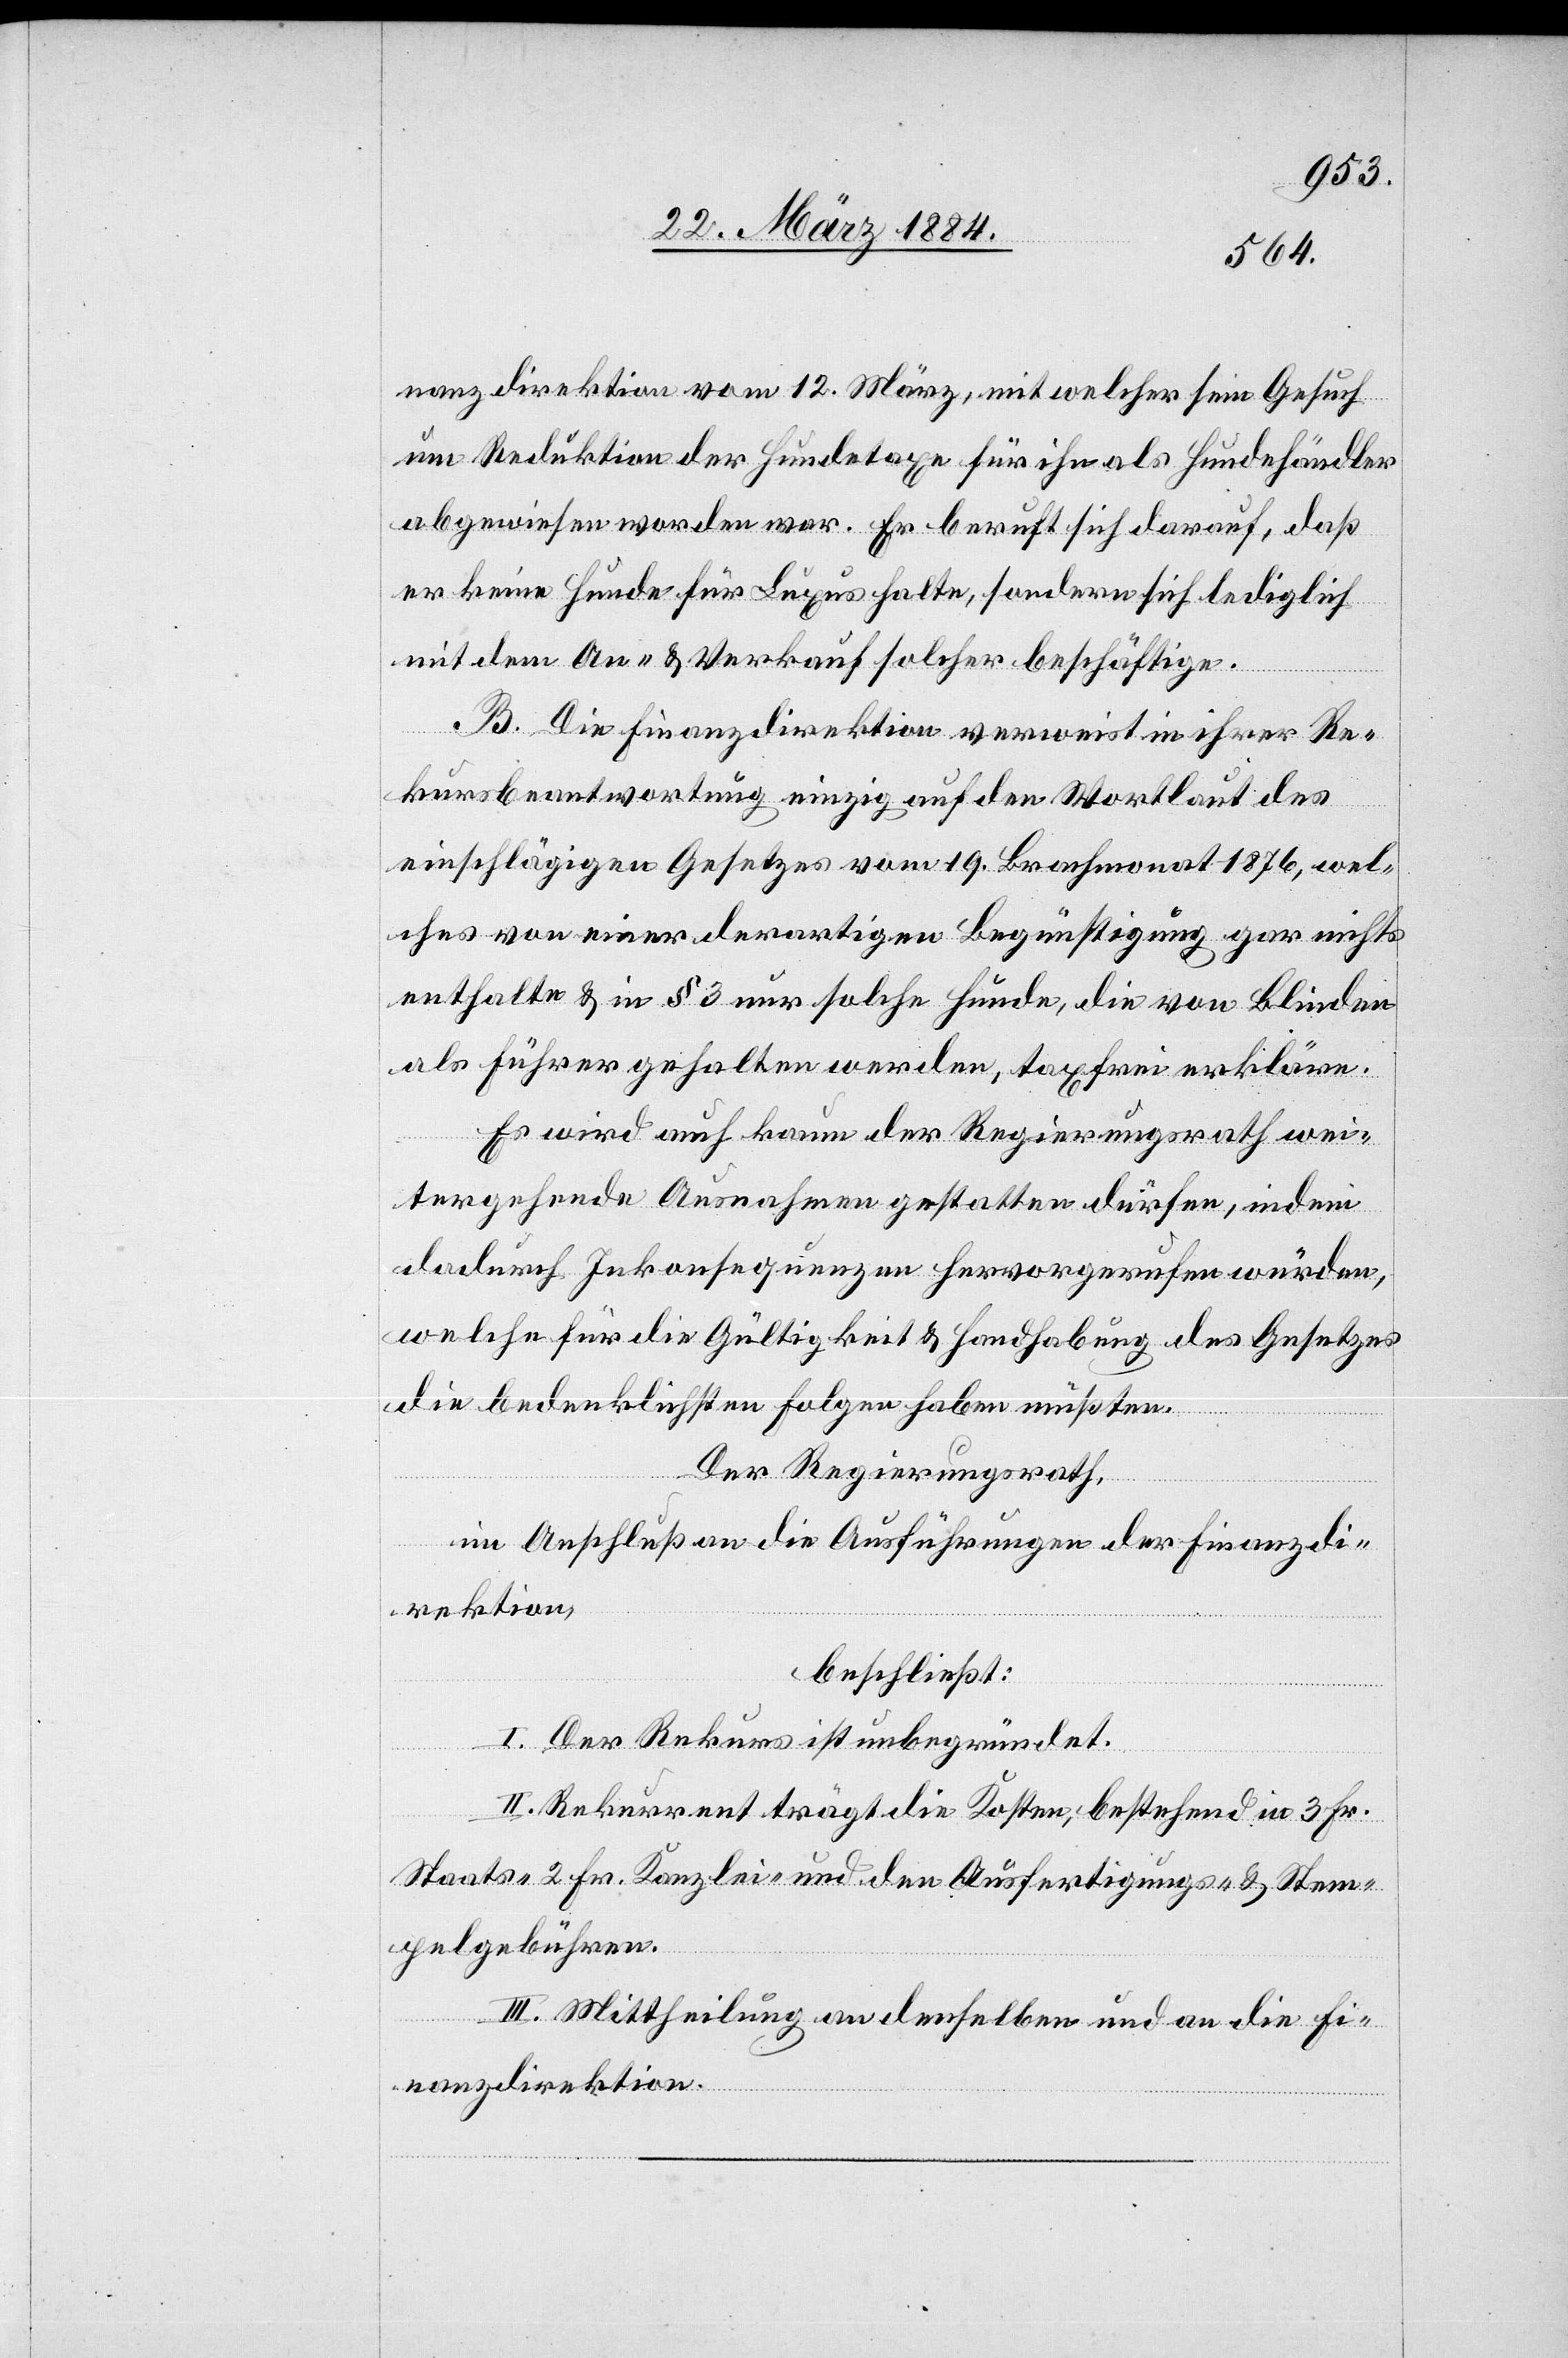
nanzdirektion vom 12. März, mit welcher sein Gesuch
um Reduktion der Hundetaxe für ihn als Hundehändler
abgewiesen worden war. Er beruft sich darauf, daß
er keine Hunde für Luxus halte, sondern sich lediglich
mit dem An- & Verkauf solcher beschäftige.
B. Die Finanzdirektion verweist in ihrer Re¬
kursbeantwortung einzig auf den Wortlaut des
einschlägigen Gesetzes vom 19. Brachmonat 1876, wel¬
ches von einer derartigen Begünstigung gar nichts
enthalte & in § 3 nur solche Hunde, die von Blinden
als Führer gehalten werden, taxfrei erkläre.
Es wird auch kaum der Regierungsrath wei¬
tergehende Ausnahmen gestatten dürfen, indem
dadurch Inkonsequenzen hervorgerufen würden,
welche für die Gültigkeit & Handhabung des Gesetzes
die bedenklichsten Folgen haben müßten.
Der Regierungsrath,
im Anschluß an die Ausführungen der Finanzdi¬
rektion
beschließt:
I. Der Rekurs ist unbegründet.
II. Rekurrent trägt die Kosten, bestehend in 3 Fr.
Staats-, 2 Fr. Kanzlei- und den Ausfertigungs- & Stem¬
pelgebühren.
III. Mittheilung an denselben und an die Fi¬
nanzdirektion.